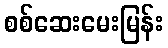
စစ်ဆေးမေးမြန်း